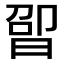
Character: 𬁤